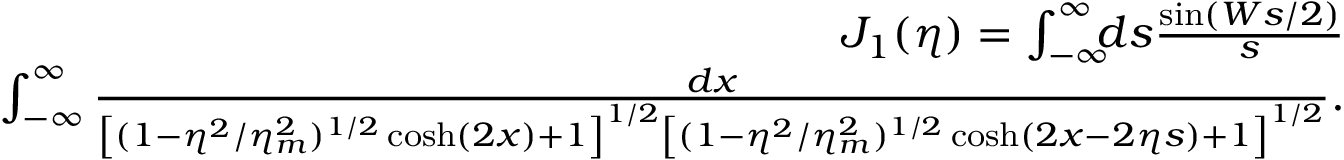
\begin{array} { r l r } & { } & { \! \! \! \! \! \! \! \! J _ { 1 } ( \eta ) = \int _ { - \infty } ^ { \infty } \! \! \! d s \frac { \sin ( W s / 2 ) } { s } } \\ & { } & { \! \! \! \! \! \! \! \! \int _ { - \infty } ^ { \infty } \frac { d x } { \left[ ( 1 - \eta ^ { 2 } / \eta _ { m } ^ { 2 } ) ^ { 1 / 2 } \cosh ( 2 x ) + 1 \right] ^ { 1 / 2 } \left[ ( 1 - \eta ^ { 2 } / \eta _ { m } ^ { 2 } ) ^ { 1 / 2 } \cosh ( 2 x - 2 \eta s ) + 1 \right] ^ { 1 / 2 } } . } \end{array}